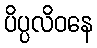
ပိပ္ပလိဝနေ